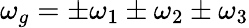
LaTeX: \omega_{g}=\pm\omega_{1}\pm\omega_{2}\pm\omega_{3}